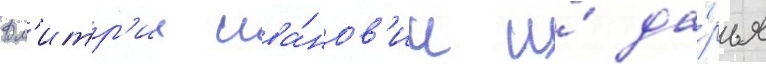
Дм'итр'ии ива́нов'ич и́ да́рья